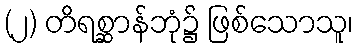
(၂) တိရစ္ဆာန်ဘုံ၌ ဖြစ်သောသူ၊